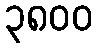
၃၈၀၀